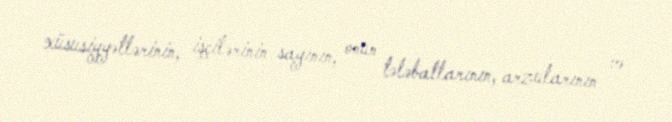
xüsusiyyətlərinin, işçilərinin sayının, onun tələbatlarının, arzularının və